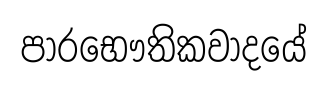
පාරභෞතිකවාදයේ